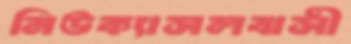
নিউক্যাসলবাসী